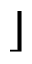
\rfloor